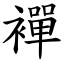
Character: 襌